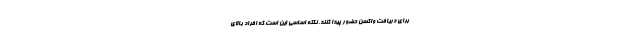
برای دریافت واکسن حضور پیدا کنند. نکته اساسی این است که افراد بالای